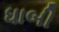
ધાબી